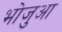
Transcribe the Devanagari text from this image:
भोजुआ